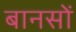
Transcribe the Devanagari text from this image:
बानसों